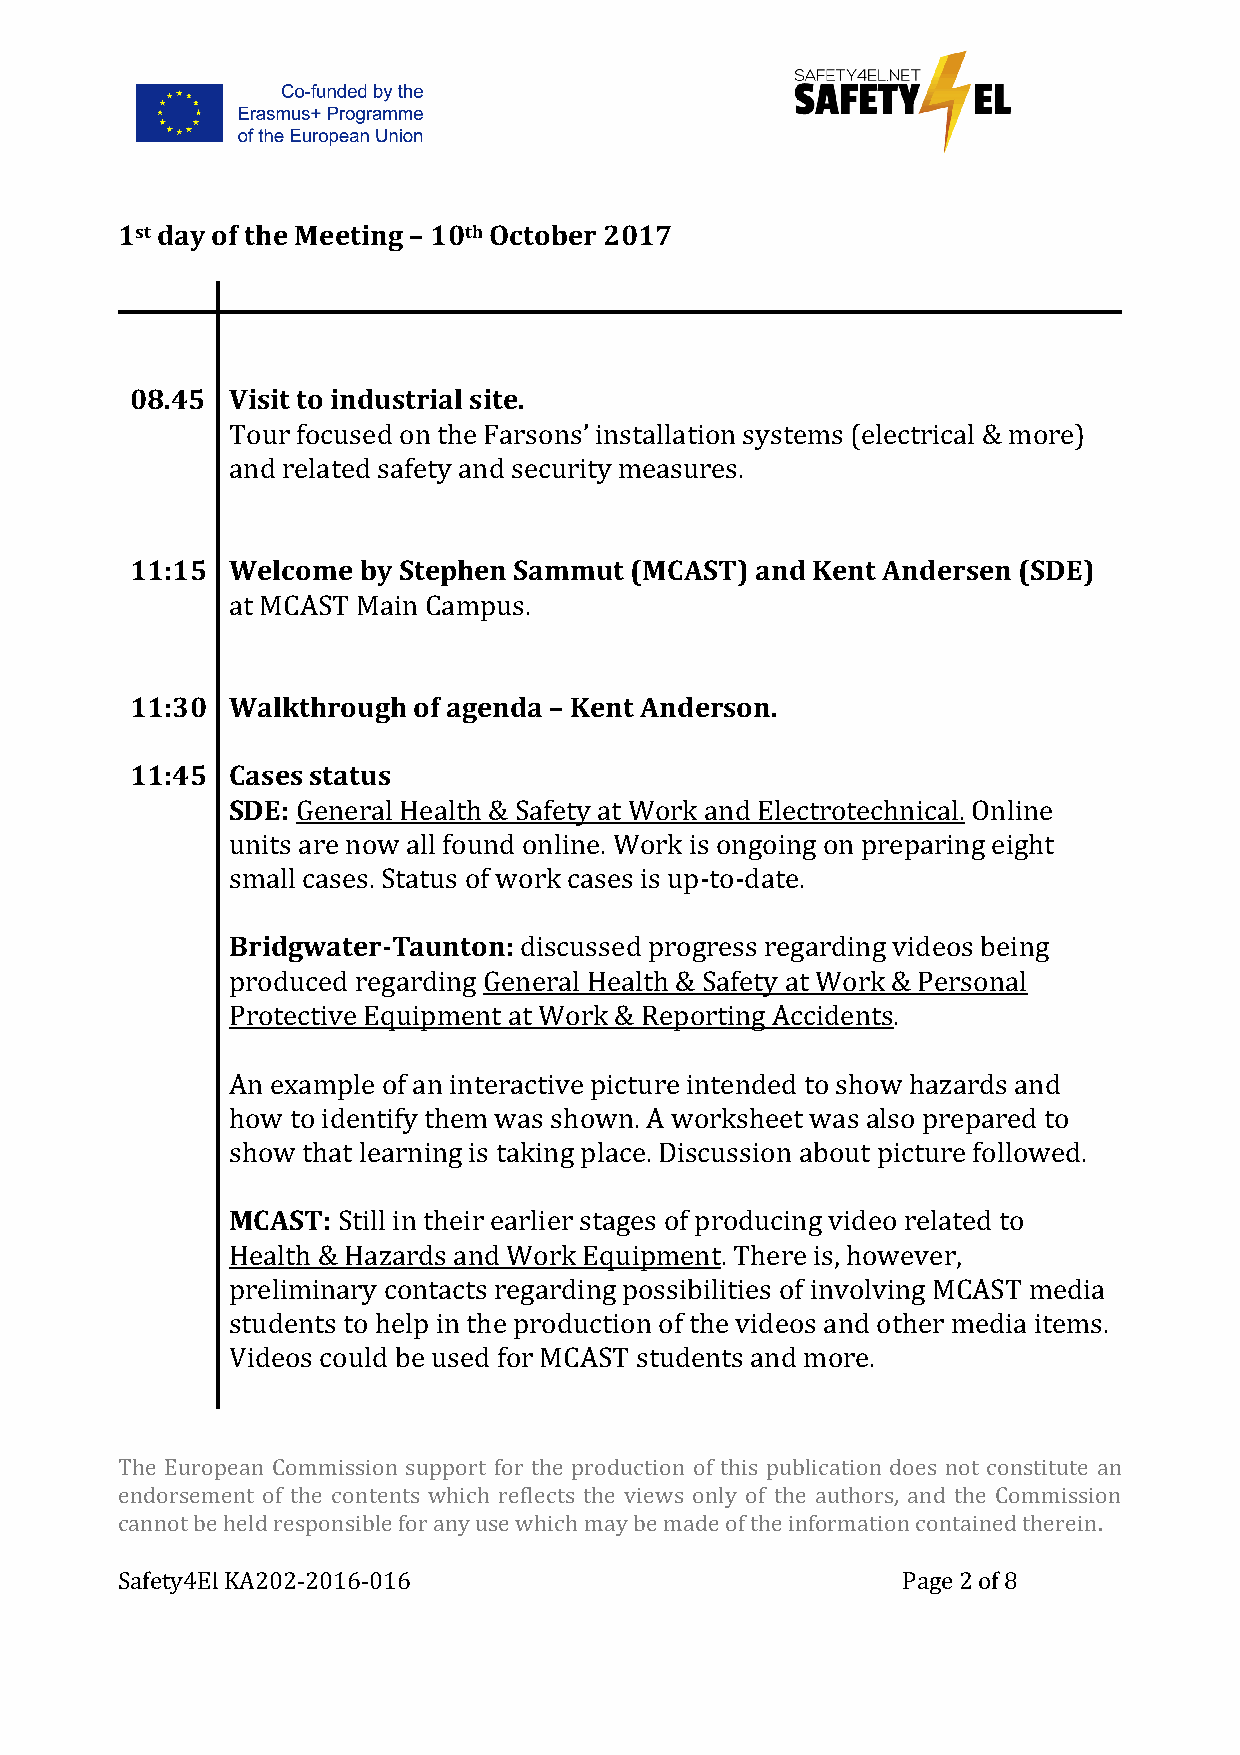
1st day of the Meeting – 10th October 2017
 08.45 Visit to industrial site.
 Tour focused on the Farsons’ installation systems (electrical & more)
 and related safety and security measures.
 11:15 Welcome  by Stephen Sammut (MCAST) and Kent Andersen (SDE)
 at MCAST Main Campus.
 11:30 Walkthrough of agenda – Kent Anderson.
 11:45 Cases status
 SDE: General Health & Safety at Work and Electrotechnical. Online
 units are now all found online. Work is ongoing on preparing eight
 small cases. Status of work cases is up-­‐‑to-­‐‑date.
 Bridgwater-­‐‑Taunton: discussed progress regarding videos being
 produced regarding General Health & Safety at Work & Personal
 Protective Equipment at Work & Reporting Accidents.
 An example of an interactive picture intended to show hazards and
 how to identify them was shown. A worksheet was also prepared to
 show that learning is taking place. Discussion about picture followed.
 MCAST: Still in their earlier stages of producing video related to
 Health & Hazards and Work Equipment. There is, however,
 preliminary contacts regarding possibilities of involving MCAST media
 students to help in the production of the videos and other media items.
 Videos could be used for MCAST students and more.
 The European Commission support for the production of this publication does not constitute an
 endorsement of the contents which reflects the views only of the authors, and the Commission
 cannot be held responsible for any use which may be made of the information contained therein.
 Safety4El KA202-­‐‑2016-­‐‑016                      Page 2 of 8